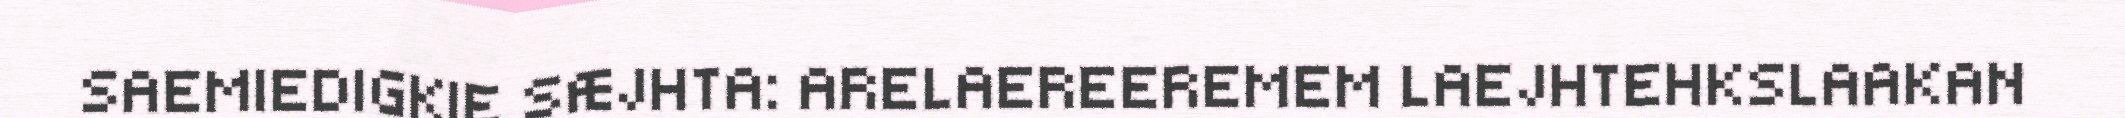
SAEMIEDIGKIE SÆJHTA: ARELAEREEREMEM LAEJHTEHKSLAAKAN